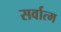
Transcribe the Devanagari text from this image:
सर्वात्म